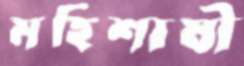
মহিশাষী